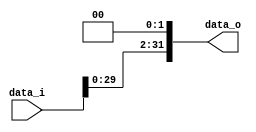
//student's id: 0716325
//Subject:      CO project 2 - Shift_Left_Two_32
//--------------------------------------------------------------------------------
//Version:     1
//--------------------------------------------------------------------------------
//Description: 0716325
//--------------------------------------------------------------------------------

module Shift_Left_Two_32(
    data_i,
    data_o
    );

//I/O ports                    
input [32-1:0] data_i;
output [32-1:0] data_o;

//shift left 2
     
assign data_o = data_i << 2;
     
endmodule